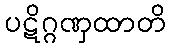
ပဋိဂ္ဂဏှထာတိ